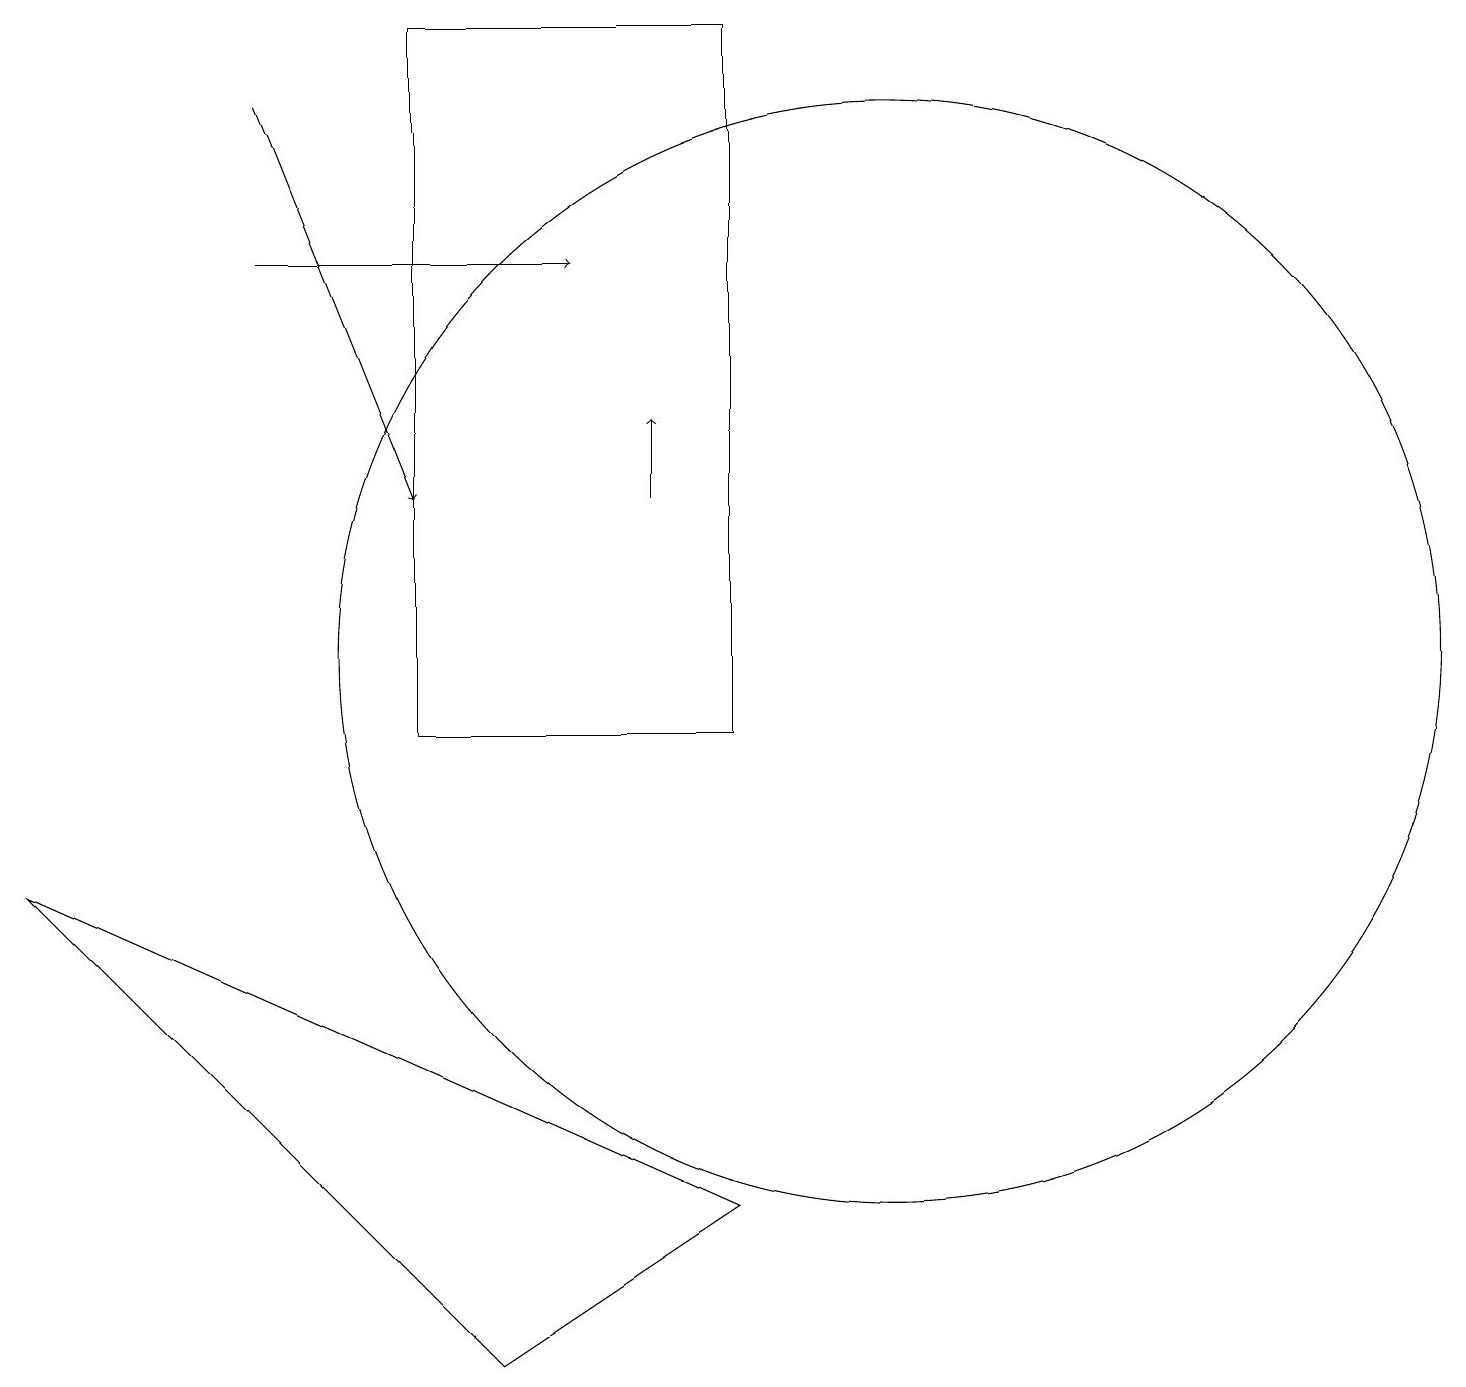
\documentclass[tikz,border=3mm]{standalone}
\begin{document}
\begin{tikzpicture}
\draw (5,10) rectangle (9,19);
\draw[->] (8,13) -- (8,14);
\draw (11,11) circle (7);
\draw[->] (3,16) -- (7,16);
\draw (6,2) -- (0,8) -- (9,4) -- cycle;
\draw[->] (3,18) -- (5,13);
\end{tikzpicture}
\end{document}